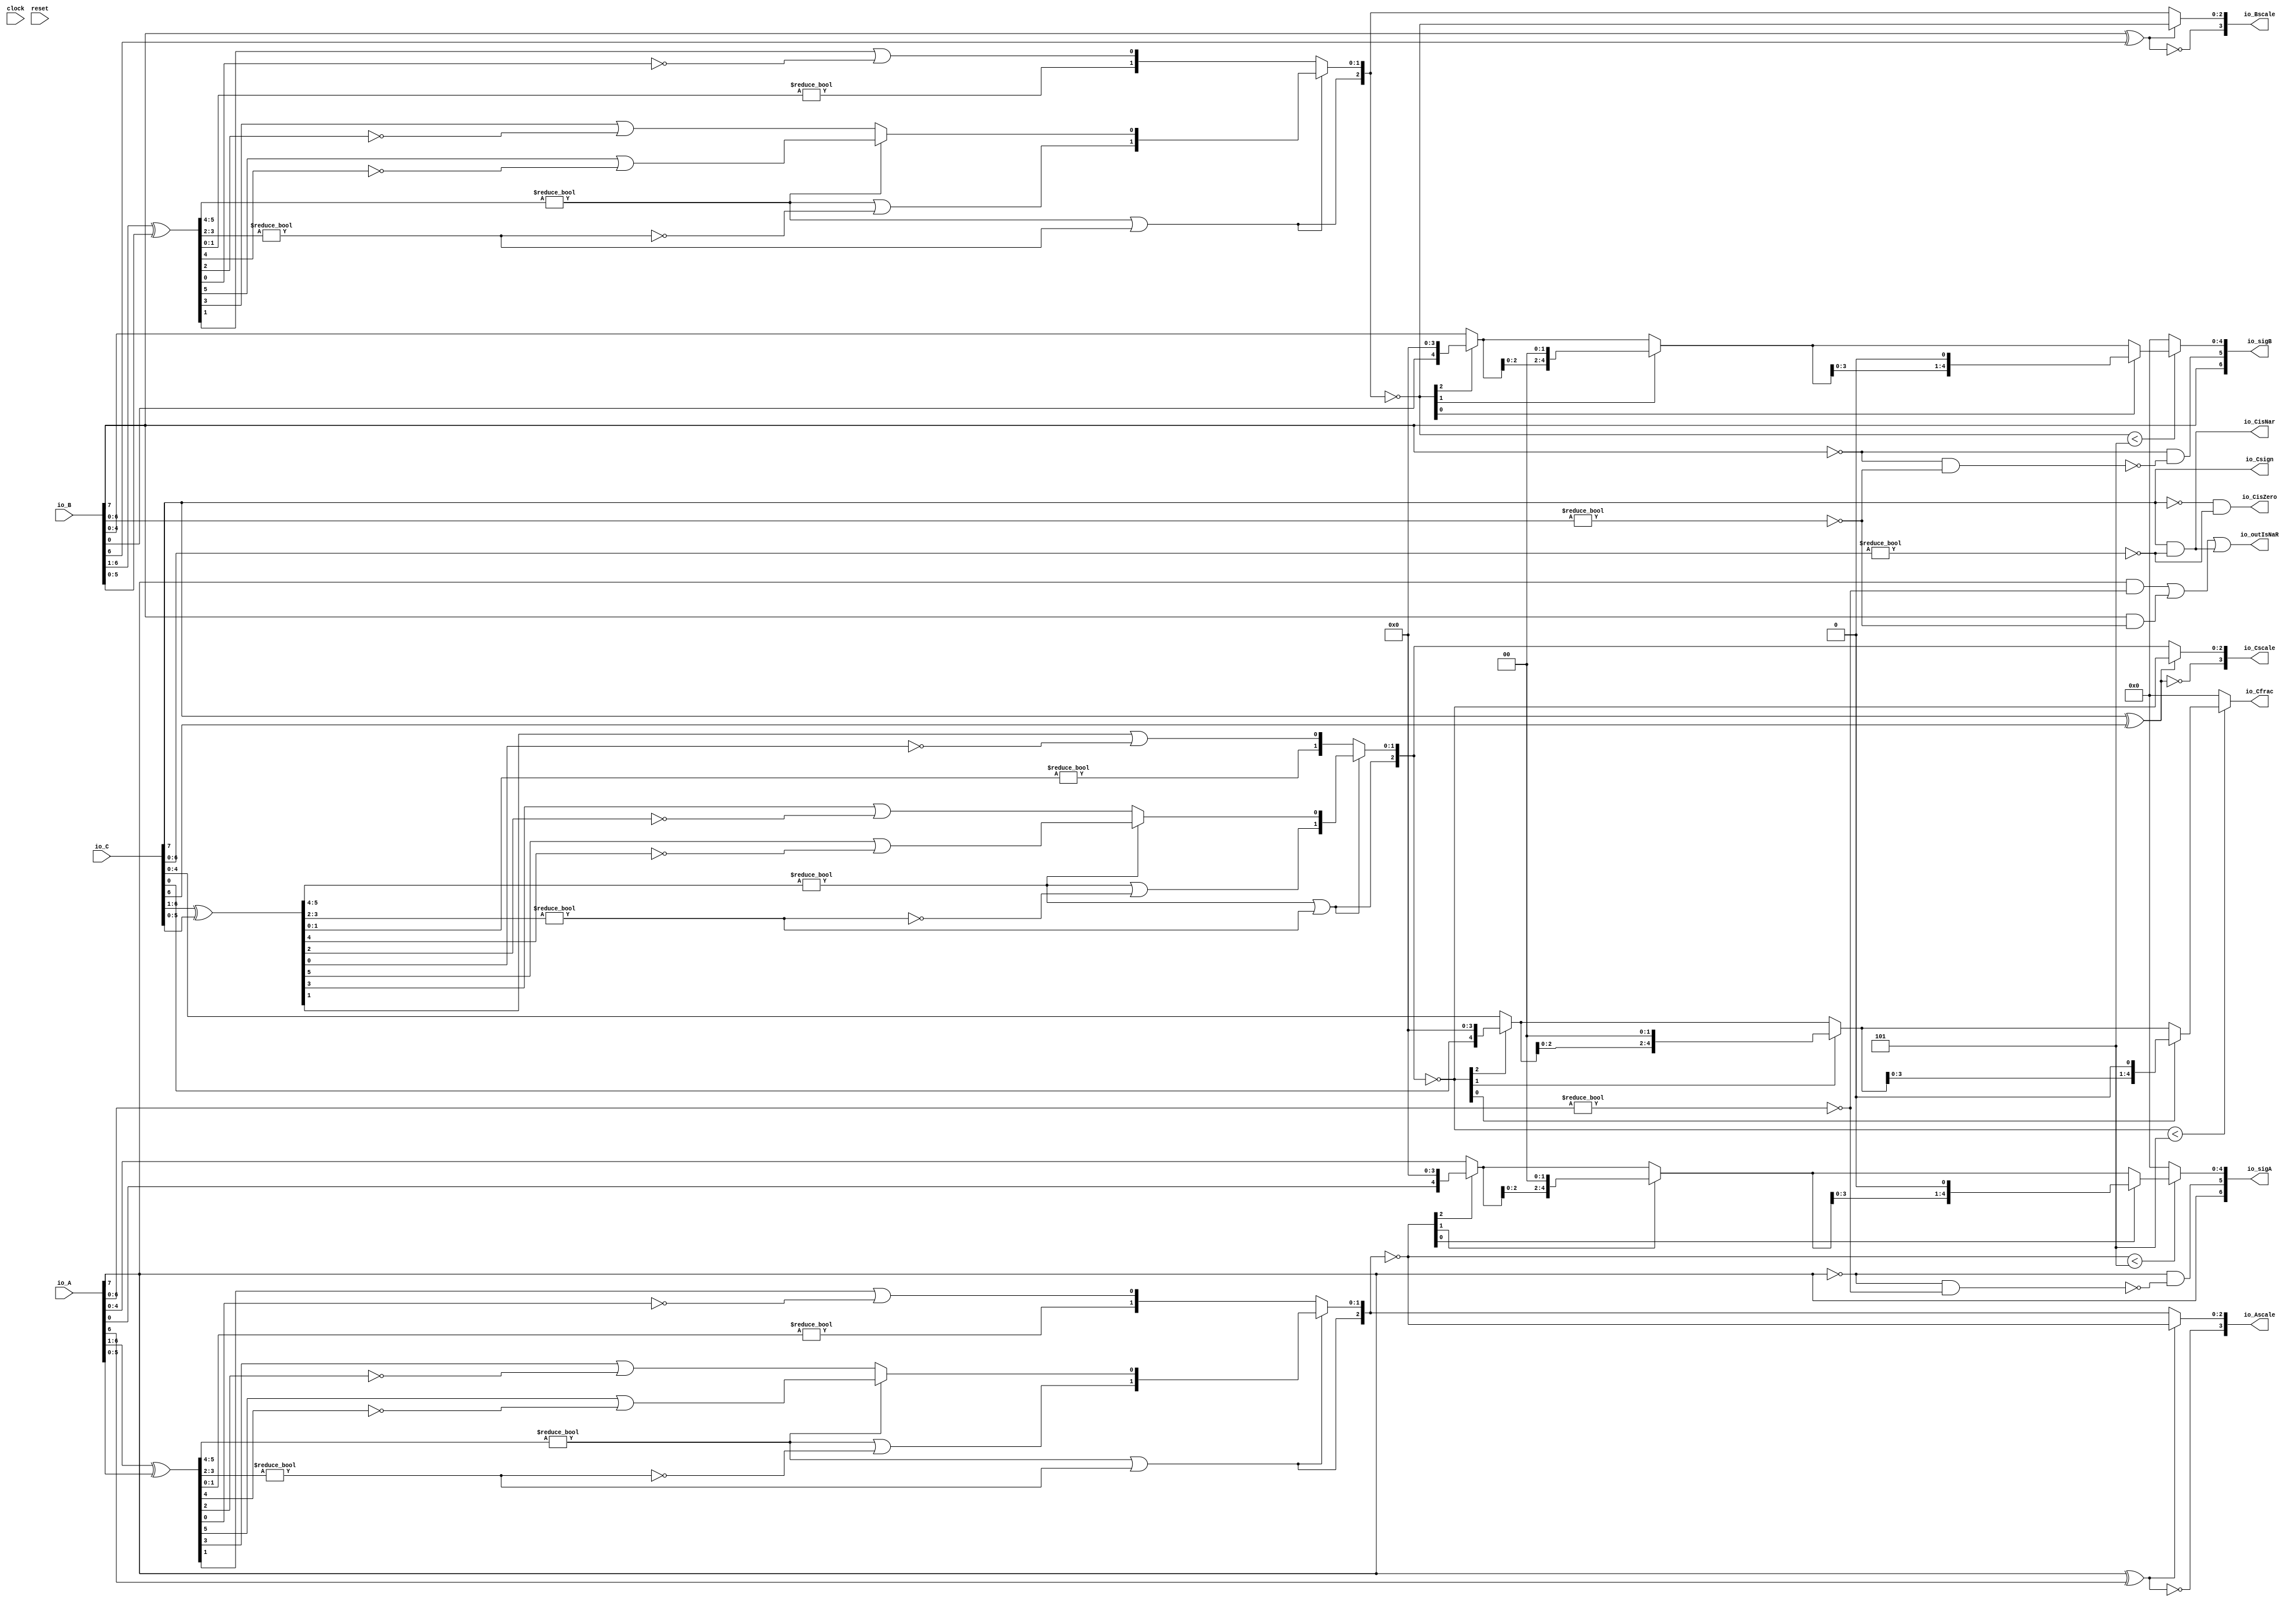
module FMA_Dec8_0(
  input        clock,
  input        reset,
  input  [7:0] io_A,
  input  [7:0] io_B,
  input  [7:0] io_C,
  output [6:0] io_sigA,
  output [6:0] io_sigB,
  output       io_outIsNaR,
  output       io_Csign,
  output       io_CisNar,
  output       io_CisZero,
  output [4:0] io_Cfrac,
  output [3:0] io_Ascale,
  output [3:0] io_Bscale,
  output [3:0] io_Cscale
);
  wire [8:0] _T_2; // @[FMA_Dec.scala 38:46]
  wire [7:0] realA; // @[FMA_Dec.scala 38:46]
  wire [8:0] _T_5; // @[FMA_Dec.scala 39:46]
  wire [7:0] realC; // @[FMA_Dec.scala 39:46]
  wire  _T_7; // @[convert.scala 18:24]
  wire  _T_8; // @[convert.scala 18:40]
  wire  _T_9; // @[convert.scala 18:36]
  wire [5:0] _T_10; // @[convert.scala 19:24]
  wire [5:0] _T_11; // @[convert.scala 19:43]
  wire [5:0] _T_12; // @[convert.scala 19:39]
  wire [3:0] _T_13; // @[LZD.scala 43:32]
  wire [1:0] _T_14; // @[LZD.scala 43:32]
  wire  _T_15; // @[LZD.scala 39:14]
  wire  _T_16; // @[LZD.scala 39:21]
  wire  _T_17; // @[LZD.scala 39:30]
  wire  _T_18; // @[LZD.scala 39:27]
  wire  _T_19; // @[LZD.scala 39:25]
  wire [1:0] _T_20; // @[Cat.scala 29:58]
  wire [1:0] _T_21; // @[LZD.scala 44:32]
  wire  _T_22; // @[LZD.scala 39:14]
  wire  _T_23; // @[LZD.scala 39:21]
  wire  _T_24; // @[LZD.scala 39:30]
  wire  _T_25; // @[LZD.scala 39:27]
  wire  _T_26; // @[LZD.scala 39:25]
  wire [1:0] _T_27; // @[Cat.scala 29:58]
  wire  _T_28; // @[Shift.scala 12:21]
  wire  _T_29; // @[Shift.scala 12:21]
  wire  _T_30; // @[LZD.scala 49:16]
  wire  _T_31; // @[LZD.scala 49:27]
  wire  _T_32; // @[LZD.scala 49:25]
  wire  _T_33; // @[LZD.scala 49:47]
  wire  _T_34; // @[LZD.scala 49:59]
  wire  _T_35; // @[LZD.scala 49:35]
  wire [2:0] _T_37; // @[Cat.scala 29:58]
  wire [1:0] _T_38; // @[LZD.scala 44:32]
  wire  _T_39; // @[LZD.scala 39:14]
  wire  _T_40; // @[LZD.scala 39:21]
  wire  _T_41; // @[LZD.scala 39:30]
  wire  _T_42; // @[LZD.scala 39:27]
  wire  _T_43; // @[LZD.scala 39:25]
  wire [1:0] _T_44; // @[Cat.scala 29:58]
  wire  _T_45; // @[Shift.scala 12:21]
  wire [1:0] _T_47; // @[LZD.scala 55:32]
  wire [1:0] _T_48; // @[LZD.scala 55:20]
  wire [2:0] _T_49; // @[Cat.scala 29:58]
  wire [2:0] _T_50; // @[convert.scala 21:22]
  wire [4:0] _T_51; // @[convert.scala 22:36]
  wire  _T_52; // @[Shift.scala 16:24]
  wire  _T_54; // @[Shift.scala 12:21]
  wire  _T_55; // @[Shift.scala 64:52]
  wire [4:0] _T_57; // @[Cat.scala 29:58]
  wire [4:0] _T_58; // @[Shift.scala 64:27]
  wire [1:0] _T_59; // @[Shift.scala 66:70]
  wire  _T_60; // @[Shift.scala 12:21]
  wire [2:0] _T_61; // @[Shift.scala 64:52]
  wire [4:0] _T_63; // @[Cat.scala 29:58]
  wire [4:0] _T_64; // @[Shift.scala 64:27]
  wire  _T_65; // @[Shift.scala 66:70]
  wire [3:0] _T_67; // @[Shift.scala 64:52]
  wire [4:0] _T_68; // @[Cat.scala 29:58]
  wire [4:0] _T_69; // @[Shift.scala 64:27]
  wire [4:0] decA_fraction; // @[Shift.scala 16:10]
  wire  _T_73; // @[convert.scala 25:26]
  wire [2:0] _T_75; // @[convert.scala 25:42]
  wire [3:0] _T_76; // @[Cat.scala 29:58]
  wire [6:0] _T_78; // @[convert.scala 29:56]
  wire  _T_79; // @[convert.scala 29:60]
  wire  _T_80; // @[convert.scala 29:41]
  wire  decA_isNaR; // @[convert.scala 29:39]
  wire  _T_83; // @[convert.scala 30:19]
  wire  decA_isZero; // @[convert.scala 30:41]
  wire  _T_92; // @[convert.scala 18:24]
  wire  _T_93; // @[convert.scala 18:40]
  wire  _T_94; // @[convert.scala 18:36]
  wire [5:0] _T_95; // @[convert.scala 19:24]
  wire [5:0] _T_96; // @[convert.scala 19:43]
  wire [5:0] _T_97; // @[convert.scala 19:39]
  wire [3:0] _T_98; // @[LZD.scala 43:32]
  wire [1:0] _T_99; // @[LZD.scala 43:32]
  wire  _T_100; // @[LZD.scala 39:14]
  wire  _T_101; // @[LZD.scala 39:21]
  wire  _T_102; // @[LZD.scala 39:30]
  wire  _T_103; // @[LZD.scala 39:27]
  wire  _T_104; // @[LZD.scala 39:25]
  wire [1:0] _T_105; // @[Cat.scala 29:58]
  wire [1:0] _T_106; // @[LZD.scala 44:32]
  wire  _T_107; // @[LZD.scala 39:14]
  wire  _T_108; // @[LZD.scala 39:21]
  wire  _T_109; // @[LZD.scala 39:30]
  wire  _T_110; // @[LZD.scala 39:27]
  wire  _T_111; // @[LZD.scala 39:25]
  wire [1:0] _T_112; // @[Cat.scala 29:58]
  wire  _T_113; // @[Shift.scala 12:21]
  wire  _T_114; // @[Shift.scala 12:21]
  wire  _T_115; // @[LZD.scala 49:16]
  wire  _T_116; // @[LZD.scala 49:27]
  wire  _T_117; // @[LZD.scala 49:25]
  wire  _T_118; // @[LZD.scala 49:47]
  wire  _T_119; // @[LZD.scala 49:59]
  wire  _T_120; // @[LZD.scala 49:35]
  wire [2:0] _T_122; // @[Cat.scala 29:58]
  wire [1:0] _T_123; // @[LZD.scala 44:32]
  wire  _T_124; // @[LZD.scala 39:14]
  wire  _T_125; // @[LZD.scala 39:21]
  wire  _T_126; // @[LZD.scala 39:30]
  wire  _T_127; // @[LZD.scala 39:27]
  wire  _T_128; // @[LZD.scala 39:25]
  wire [1:0] _T_129; // @[Cat.scala 29:58]
  wire  _T_130; // @[Shift.scala 12:21]
  wire [1:0] _T_132; // @[LZD.scala 55:32]
  wire [1:0] _T_133; // @[LZD.scala 55:20]
  wire [2:0] _T_134; // @[Cat.scala 29:58]
  wire [2:0] _T_135; // @[convert.scala 21:22]
  wire [4:0] _T_136; // @[convert.scala 22:36]
  wire  _T_137; // @[Shift.scala 16:24]
  wire  _T_139; // @[Shift.scala 12:21]
  wire  _T_140; // @[Shift.scala 64:52]
  wire [4:0] _T_142; // @[Cat.scala 29:58]
  wire [4:0] _T_143; // @[Shift.scala 64:27]
  wire [1:0] _T_144; // @[Shift.scala 66:70]
  wire  _T_145; // @[Shift.scala 12:21]
  wire [2:0] _T_146; // @[Shift.scala 64:52]
  wire [4:0] _T_148; // @[Cat.scala 29:58]
  wire [4:0] _T_149; // @[Shift.scala 64:27]
  wire  _T_150; // @[Shift.scala 66:70]
  wire [3:0] _T_152; // @[Shift.scala 64:52]
  wire [4:0] _T_153; // @[Cat.scala 29:58]
  wire [4:0] _T_154; // @[Shift.scala 64:27]
  wire [4:0] decB_fraction; // @[Shift.scala 16:10]
  wire  _T_158; // @[convert.scala 25:26]
  wire [2:0] _T_160; // @[convert.scala 25:42]
  wire [3:0] _T_161; // @[Cat.scala 29:58]
  wire [6:0] _T_163; // @[convert.scala 29:56]
  wire  _T_164; // @[convert.scala 29:60]
  wire  _T_165; // @[convert.scala 29:41]
  wire  decB_isNaR; // @[convert.scala 29:39]
  wire  _T_168; // @[convert.scala 30:19]
  wire  decB_isZero; // @[convert.scala 30:41]
  wire  _T_177; // @[convert.scala 18:24]
  wire  _T_178; // @[convert.scala 18:40]
  wire  _T_179; // @[convert.scala 18:36]
  wire [5:0] _T_180; // @[convert.scala 19:24]
  wire [5:0] _T_181; // @[convert.scala 19:43]
  wire [5:0] _T_182; // @[convert.scala 19:39]
  wire [3:0] _T_183; // @[LZD.scala 43:32]
  wire [1:0] _T_184; // @[LZD.scala 43:32]
  wire  _T_185; // @[LZD.scala 39:14]
  wire  _T_186; // @[LZD.scala 39:21]
  wire  _T_187; // @[LZD.scala 39:30]
  wire  _T_188; // @[LZD.scala 39:27]
  wire  _T_189; // @[LZD.scala 39:25]
  wire [1:0] _T_190; // @[Cat.scala 29:58]
  wire [1:0] _T_191; // @[LZD.scala 44:32]
  wire  _T_192; // @[LZD.scala 39:14]
  wire  _T_193; // @[LZD.scala 39:21]
  wire  _T_194; // @[LZD.scala 39:30]
  wire  _T_195; // @[LZD.scala 39:27]
  wire  _T_196; // @[LZD.scala 39:25]
  wire [1:0] _T_197; // @[Cat.scala 29:58]
  wire  _T_198; // @[Shift.scala 12:21]
  wire  _T_199; // @[Shift.scala 12:21]
  wire  _T_200; // @[LZD.scala 49:16]
  wire  _T_201; // @[LZD.scala 49:27]
  wire  _T_202; // @[LZD.scala 49:25]
  wire  _T_203; // @[LZD.scala 49:47]
  wire  _T_204; // @[LZD.scala 49:59]
  wire  _T_205; // @[LZD.scala 49:35]
  wire [2:0] _T_207; // @[Cat.scala 29:58]
  wire [1:0] _T_208; // @[LZD.scala 44:32]
  wire  _T_209; // @[LZD.scala 39:14]
  wire  _T_210; // @[LZD.scala 39:21]
  wire  _T_211; // @[LZD.scala 39:30]
  wire  _T_212; // @[LZD.scala 39:27]
  wire  _T_213; // @[LZD.scala 39:25]
  wire [1:0] _T_214; // @[Cat.scala 29:58]
  wire  _T_215; // @[Shift.scala 12:21]
  wire [1:0] _T_217; // @[LZD.scala 55:32]
  wire [1:0] _T_218; // @[LZD.scala 55:20]
  wire [2:0] _T_219; // @[Cat.scala 29:58]
  wire [2:0] _T_220; // @[convert.scala 21:22]
  wire [4:0] _T_221; // @[convert.scala 22:36]
  wire  _T_222; // @[Shift.scala 16:24]
  wire  _T_224; // @[Shift.scala 12:21]
  wire  _T_225; // @[Shift.scala 64:52]
  wire [4:0] _T_227; // @[Cat.scala 29:58]
  wire [4:0] _T_228; // @[Shift.scala 64:27]
  wire [1:0] _T_229; // @[Shift.scala 66:70]
  wire  _T_230; // @[Shift.scala 12:21]
  wire [2:0] _T_231; // @[Shift.scala 64:52]
  wire [4:0] _T_233; // @[Cat.scala 29:58]
  wire [4:0] _T_234; // @[Shift.scala 64:27]
  wire  _T_235; // @[Shift.scala 66:70]
  wire [3:0] _T_237; // @[Shift.scala 64:52]
  wire [4:0] _T_238; // @[Cat.scala 29:58]
  wire [4:0] _T_239; // @[Shift.scala 64:27]
  wire  _T_243; // @[convert.scala 25:26]
  wire [2:0] _T_245; // @[convert.scala 25:42]
  wire [3:0] _T_246; // @[Cat.scala 29:58]
  wire [6:0] _T_248; // @[convert.scala 29:56]
  wire  _T_249; // @[convert.scala 29:60]
  wire  _T_250; // @[convert.scala 29:41]
  wire  decC_isNaR; // @[convert.scala 29:39]
  wire  _T_253; // @[convert.scala 30:19]
  wire  _T_261; // @[FMA_Dec.scala 46:30]
  wire  _T_263; // @[FMA_Dec.scala 49:34]
  wire  _T_264; // @[FMA_Dec.scala 49:47]
  wire  _T_265; // @[FMA_Dec.scala 49:45]
  wire [6:0] _T_267; // @[Cat.scala 29:58]
  wire  _T_269; // @[FMA_Dec.scala 50:34]
  wire  _T_270; // @[FMA_Dec.scala 50:47]
  wire  _T_271; // @[FMA_Dec.scala 50:45]
  wire [6:0] _T_273; // @[Cat.scala 29:58]
  assign _T_2 = {{1'd0}, io_A}; // @[FMA_Dec.scala 38:46]
  assign realA = _T_2[7:0]; // @[FMA_Dec.scala 38:46]
  assign _T_5 = {{1'd0}, io_C}; // @[FMA_Dec.scala 39:46]
  assign realC = _T_5[7:0]; // @[FMA_Dec.scala 39:46]
  assign _T_7 = realA[7]; // @[convert.scala 18:24]
  assign _T_8 = realA[6]; // @[convert.scala 18:40]
  assign _T_9 = _T_7 ^ _T_8; // @[convert.scala 18:36]
  assign _T_10 = realA[6:1]; // @[convert.scala 19:24]
  assign _T_11 = realA[5:0]; // @[convert.scala 19:43]
  assign _T_12 = _T_10 ^ _T_11; // @[convert.scala 19:39]
  assign _T_13 = _T_12[5:2]; // @[LZD.scala 43:32]
  assign _T_14 = _T_13[3:2]; // @[LZD.scala 43:32]
  assign _T_15 = _T_14 != 2'h0; // @[LZD.scala 39:14]
  assign _T_16 = _T_14[1]; // @[LZD.scala 39:21]
  assign _T_17 = _T_14[0]; // @[LZD.scala 39:30]
  assign _T_18 = ~ _T_17; // @[LZD.scala 39:27]
  assign _T_19 = _T_16 | _T_18; // @[LZD.scala 39:25]
  assign _T_20 = {_T_15,_T_19}; // @[Cat.scala 29:58]
  assign _T_21 = _T_13[1:0]; // @[LZD.scala 44:32]
  assign _T_22 = _T_21 != 2'h0; // @[LZD.scala 39:14]
  assign _T_23 = _T_21[1]; // @[LZD.scala 39:21]
  assign _T_24 = _T_21[0]; // @[LZD.scala 39:30]
  assign _T_25 = ~ _T_24; // @[LZD.scala 39:27]
  assign _T_26 = _T_23 | _T_25; // @[LZD.scala 39:25]
  assign _T_27 = {_T_22,_T_26}; // @[Cat.scala 29:58]
  assign _T_28 = _T_20[1]; // @[Shift.scala 12:21]
  assign _T_29 = _T_27[1]; // @[Shift.scala 12:21]
  assign _T_30 = _T_28 | _T_29; // @[LZD.scala 49:16]
  assign _T_31 = ~ _T_29; // @[LZD.scala 49:27]
  assign _T_32 = _T_28 | _T_31; // @[LZD.scala 49:25]
  assign _T_33 = _T_20[0:0]; // @[LZD.scala 49:47]
  assign _T_34 = _T_27[0:0]; // @[LZD.scala 49:59]
  assign _T_35 = _T_28 ? _T_33 : _T_34; // @[LZD.scala 49:35]
  assign _T_37 = {_T_30,_T_32,_T_35}; // @[Cat.scala 29:58]
  assign _T_38 = _T_12[1:0]; // @[LZD.scala 44:32]
  assign _T_39 = _T_38 != 2'h0; // @[LZD.scala 39:14]
  assign _T_40 = _T_38[1]; // @[LZD.scala 39:21]
  assign _T_41 = _T_38[0]; // @[LZD.scala 39:30]
  assign _T_42 = ~ _T_41; // @[LZD.scala 39:27]
  assign _T_43 = _T_40 | _T_42; // @[LZD.scala 39:25]
  assign _T_44 = {_T_39,_T_43}; // @[Cat.scala 29:58]
  assign _T_45 = _T_37[2]; // @[Shift.scala 12:21]
  assign _T_47 = _T_37[1:0]; // @[LZD.scala 55:32]
  assign _T_48 = _T_45 ? _T_47 : _T_44; // @[LZD.scala 55:20]
  assign _T_49 = {_T_45,_T_48}; // @[Cat.scala 29:58]
  assign _T_50 = ~ _T_49; // @[convert.scala 21:22]
  assign _T_51 = realA[4:0]; // @[convert.scala 22:36]
  assign _T_52 = _T_50 < 3'h5; // @[Shift.scala 16:24]
  assign _T_54 = _T_50[2]; // @[Shift.scala 12:21]
  assign _T_55 = _T_51[0:0]; // @[Shift.scala 64:52]
  assign _T_57 = {_T_55,4'h0}; // @[Cat.scala 29:58]
  assign _T_58 = _T_54 ? _T_57 : _T_51; // @[Shift.scala 64:27]
  assign _T_59 = _T_50[1:0]; // @[Shift.scala 66:70]
  assign _T_60 = _T_59[1]; // @[Shift.scala 12:21]
  assign _T_61 = _T_58[2:0]; // @[Shift.scala 64:52]
  assign _T_63 = {_T_61,2'h0}; // @[Cat.scala 29:58]
  assign _T_64 = _T_60 ? _T_63 : _T_58; // @[Shift.scala 64:27]
  assign _T_65 = _T_59[0:0]; // @[Shift.scala 66:70]
  assign _T_67 = _T_64[3:0]; // @[Shift.scala 64:52]
  assign _T_68 = {_T_67,1'h0}; // @[Cat.scala 29:58]
  assign _T_69 = _T_65 ? _T_68 : _T_64; // @[Shift.scala 64:27]
  assign decA_fraction = _T_52 ? _T_69 : 5'h0; // @[Shift.scala 16:10]
  assign _T_73 = _T_9 == 1'h0; // @[convert.scala 25:26]
  assign _T_75 = _T_9 ? _T_50 : _T_49; // @[convert.scala 25:42]
  assign _T_76 = {_T_73,_T_75}; // @[Cat.scala 29:58]
  assign _T_78 = realA[6:0]; // @[convert.scala 29:56]
  assign _T_79 = _T_78 != 7'h0; // @[convert.scala 29:60]
  assign _T_80 = ~ _T_79; // @[convert.scala 29:41]
  assign decA_isNaR = _T_7 & _T_80; // @[convert.scala 29:39]
  assign _T_83 = _T_7 == 1'h0; // @[convert.scala 30:19]
  assign decA_isZero = _T_83 & _T_80; // @[convert.scala 30:41]
  assign _T_92 = io_B[7]; // @[convert.scala 18:24]
  assign _T_93 = io_B[6]; // @[convert.scala 18:40]
  assign _T_94 = _T_92 ^ _T_93; // @[convert.scala 18:36]
  assign _T_95 = io_B[6:1]; // @[convert.scala 19:24]
  assign _T_96 = io_B[5:0]; // @[convert.scala 19:43]
  assign _T_97 = _T_95 ^ _T_96; // @[convert.scala 19:39]
  assign _T_98 = _T_97[5:2]; // @[LZD.scala 43:32]
  assign _T_99 = _T_98[3:2]; // @[LZD.scala 43:32]
  assign _T_100 = _T_99 != 2'h0; // @[LZD.scala 39:14]
  assign _T_101 = _T_99[1]; // @[LZD.scala 39:21]
  assign _T_102 = _T_99[0]; // @[LZD.scala 39:30]
  assign _T_103 = ~ _T_102; // @[LZD.scala 39:27]
  assign _T_104 = _T_101 | _T_103; // @[LZD.scala 39:25]
  assign _T_105 = {_T_100,_T_104}; // @[Cat.scala 29:58]
  assign _T_106 = _T_98[1:0]; // @[LZD.scala 44:32]
  assign _T_107 = _T_106 != 2'h0; // @[LZD.scala 39:14]
  assign _T_108 = _T_106[1]; // @[LZD.scala 39:21]
  assign _T_109 = _T_106[0]; // @[LZD.scala 39:30]
  assign _T_110 = ~ _T_109; // @[LZD.scala 39:27]
  assign _T_111 = _T_108 | _T_110; // @[LZD.scala 39:25]
  assign _T_112 = {_T_107,_T_111}; // @[Cat.scala 29:58]
  assign _T_113 = _T_105[1]; // @[Shift.scala 12:21]
  assign _T_114 = _T_112[1]; // @[Shift.scala 12:21]
  assign _T_115 = _T_113 | _T_114; // @[LZD.scala 49:16]
  assign _T_116 = ~ _T_114; // @[LZD.scala 49:27]
  assign _T_117 = _T_113 | _T_116; // @[LZD.scala 49:25]
  assign _T_118 = _T_105[0:0]; // @[LZD.scala 49:47]
  assign _T_119 = _T_112[0:0]; // @[LZD.scala 49:59]
  assign _T_120 = _T_113 ? _T_118 : _T_119; // @[LZD.scala 49:35]
  assign _T_122 = {_T_115,_T_117,_T_120}; // @[Cat.scala 29:58]
  assign _T_123 = _T_97[1:0]; // @[LZD.scala 44:32]
  assign _T_124 = _T_123 != 2'h0; // @[LZD.scala 39:14]
  assign _T_125 = _T_123[1]; // @[LZD.scala 39:21]
  assign _T_126 = _T_123[0]; // @[LZD.scala 39:30]
  assign _T_127 = ~ _T_126; // @[LZD.scala 39:27]
  assign _T_128 = _T_125 | _T_127; // @[LZD.scala 39:25]
  assign _T_129 = {_T_124,_T_128}; // @[Cat.scala 29:58]
  assign _T_130 = _T_122[2]; // @[Shift.scala 12:21]
  assign _T_132 = _T_122[1:0]; // @[LZD.scala 55:32]
  assign _T_133 = _T_130 ? _T_132 : _T_129; // @[LZD.scala 55:20]
  assign _T_134 = {_T_130,_T_133}; // @[Cat.scala 29:58]
  assign _T_135 = ~ _T_134; // @[convert.scala 21:22]
  assign _T_136 = io_B[4:0]; // @[convert.scala 22:36]
  assign _T_137 = _T_135 < 3'h5; // @[Shift.scala 16:24]
  assign _T_139 = _T_135[2]; // @[Shift.scala 12:21]
  assign _T_140 = _T_136[0:0]; // @[Shift.scala 64:52]
  assign _T_142 = {_T_140,4'h0}; // @[Cat.scala 29:58]
  assign _T_143 = _T_139 ? _T_142 : _T_136; // @[Shift.scala 64:27]
  assign _T_144 = _T_135[1:0]; // @[Shift.scala 66:70]
  assign _T_145 = _T_144[1]; // @[Shift.scala 12:21]
  assign _T_146 = _T_143[2:0]; // @[Shift.scala 64:52]
  assign _T_148 = {_T_146,2'h0}; // @[Cat.scala 29:58]
  assign _T_149 = _T_145 ? _T_148 : _T_143; // @[Shift.scala 64:27]
  assign _T_150 = _T_144[0:0]; // @[Shift.scala 66:70]
  assign _T_152 = _T_149[3:0]; // @[Shift.scala 64:52]
  assign _T_153 = {_T_152,1'h0}; // @[Cat.scala 29:58]
  assign _T_154 = _T_150 ? _T_153 : _T_149; // @[Shift.scala 64:27]
  assign decB_fraction = _T_137 ? _T_154 : 5'h0; // @[Shift.scala 16:10]
  assign _T_158 = _T_94 == 1'h0; // @[convert.scala 25:26]
  assign _T_160 = _T_94 ? _T_135 : _T_134; // @[convert.scala 25:42]
  assign _T_161 = {_T_158,_T_160}; // @[Cat.scala 29:58]
  assign _T_163 = io_B[6:0]; // @[convert.scala 29:56]
  assign _T_164 = _T_163 != 7'h0; // @[convert.scala 29:60]
  assign _T_165 = ~ _T_164; // @[convert.scala 29:41]
  assign decB_isNaR = _T_92 & _T_165; // @[convert.scala 29:39]
  assign _T_168 = _T_92 == 1'h0; // @[convert.scala 30:19]
  assign decB_isZero = _T_168 & _T_165; // @[convert.scala 30:41]
  assign _T_177 = realC[7]; // @[convert.scala 18:24]
  assign _T_178 = realC[6]; // @[convert.scala 18:40]
  assign _T_179 = _T_177 ^ _T_178; // @[convert.scala 18:36]
  assign _T_180 = realC[6:1]; // @[convert.scala 19:24]
  assign _T_181 = realC[5:0]; // @[convert.scala 19:43]
  assign _T_182 = _T_180 ^ _T_181; // @[convert.scala 19:39]
  assign _T_183 = _T_182[5:2]; // @[LZD.scala 43:32]
  assign _T_184 = _T_183[3:2]; // @[LZD.scala 43:32]
  assign _T_185 = _T_184 != 2'h0; // @[LZD.scala 39:14]
  assign _T_186 = _T_184[1]; // @[LZD.scala 39:21]
  assign _T_187 = _T_184[0]; // @[LZD.scala 39:30]
  assign _T_188 = ~ _T_187; // @[LZD.scala 39:27]
  assign _T_189 = _T_186 | _T_188; // @[LZD.scala 39:25]
  assign _T_190 = {_T_185,_T_189}; // @[Cat.scala 29:58]
  assign _T_191 = _T_183[1:0]; // @[LZD.scala 44:32]
  assign _T_192 = _T_191 != 2'h0; // @[LZD.scala 39:14]
  assign _T_193 = _T_191[1]; // @[LZD.scala 39:21]
  assign _T_194 = _T_191[0]; // @[LZD.scala 39:30]
  assign _T_195 = ~ _T_194; // @[LZD.scala 39:27]
  assign _T_196 = _T_193 | _T_195; // @[LZD.scala 39:25]
  assign _T_197 = {_T_192,_T_196}; // @[Cat.scala 29:58]
  assign _T_198 = _T_190[1]; // @[Shift.scala 12:21]
  assign _T_199 = _T_197[1]; // @[Shift.scala 12:21]
  assign _T_200 = _T_198 | _T_199; // @[LZD.scala 49:16]
  assign _T_201 = ~ _T_199; // @[LZD.scala 49:27]
  assign _T_202 = _T_198 | _T_201; // @[LZD.scala 49:25]
  assign _T_203 = _T_190[0:0]; // @[LZD.scala 49:47]
  assign _T_204 = _T_197[0:0]; // @[LZD.scala 49:59]
  assign _T_205 = _T_198 ? _T_203 : _T_204; // @[LZD.scala 49:35]
  assign _T_207 = {_T_200,_T_202,_T_205}; // @[Cat.scala 29:58]
  assign _T_208 = _T_182[1:0]; // @[LZD.scala 44:32]
  assign _T_209 = _T_208 != 2'h0; // @[LZD.scala 39:14]
  assign _T_210 = _T_208[1]; // @[LZD.scala 39:21]
  assign _T_211 = _T_208[0]; // @[LZD.scala 39:30]
  assign _T_212 = ~ _T_211; // @[LZD.scala 39:27]
  assign _T_213 = _T_210 | _T_212; // @[LZD.scala 39:25]
  assign _T_214 = {_T_209,_T_213}; // @[Cat.scala 29:58]
  assign _T_215 = _T_207[2]; // @[Shift.scala 12:21]
  assign _T_217 = _T_207[1:0]; // @[LZD.scala 55:32]
  assign _T_218 = _T_215 ? _T_217 : _T_214; // @[LZD.scala 55:20]
  assign _T_219 = {_T_215,_T_218}; // @[Cat.scala 29:58]
  assign _T_220 = ~ _T_219; // @[convert.scala 21:22]
  assign _T_221 = realC[4:0]; // @[convert.scala 22:36]
  assign _T_222 = _T_220 < 3'h5; // @[Shift.scala 16:24]
  assign _T_224 = _T_220[2]; // @[Shift.scala 12:21]
  assign _T_225 = _T_221[0:0]; // @[Shift.scala 64:52]
  assign _T_227 = {_T_225,4'h0}; // @[Cat.scala 29:58]
  assign _T_228 = _T_224 ? _T_227 : _T_221; // @[Shift.scala 64:27]
  assign _T_229 = _T_220[1:0]; // @[Shift.scala 66:70]
  assign _T_230 = _T_229[1]; // @[Shift.scala 12:21]
  assign _T_231 = _T_228[2:0]; // @[Shift.scala 64:52]
  assign _T_233 = {_T_231,2'h0}; // @[Cat.scala 29:58]
  assign _T_234 = _T_230 ? _T_233 : _T_228; // @[Shift.scala 64:27]
  assign _T_235 = _T_229[0:0]; // @[Shift.scala 66:70]
  assign _T_237 = _T_234[3:0]; // @[Shift.scala 64:52]
  assign _T_238 = {_T_237,1'h0}; // @[Cat.scala 29:58]
  assign _T_239 = _T_235 ? _T_238 : _T_234; // @[Shift.scala 64:27]
  assign _T_243 = _T_179 == 1'h0; // @[convert.scala 25:26]
  assign _T_245 = _T_179 ? _T_220 : _T_219; // @[convert.scala 25:42]
  assign _T_246 = {_T_243,_T_245}; // @[Cat.scala 29:58]
  assign _T_248 = realC[6:0]; // @[convert.scala 29:56]
  assign _T_249 = _T_248 != 7'h0; // @[convert.scala 29:60]
  assign _T_250 = ~ _T_249; // @[convert.scala 29:41]
  assign decC_isNaR = _T_177 & _T_250; // @[convert.scala 29:39]
  assign _T_253 = _T_177 == 1'h0; // @[convert.scala 30:19]
  assign _T_261 = decA_isNaR | decB_isNaR; // @[FMA_Dec.scala 46:30]
  assign _T_263 = ~ _T_7; // @[FMA_Dec.scala 49:34]
  assign _T_264 = ~ decA_isZero; // @[FMA_Dec.scala 49:47]
  assign _T_265 = _T_263 & _T_264; // @[FMA_Dec.scala 49:45]
  assign _T_267 = {_T_7,_T_265,decA_fraction}; // @[Cat.scala 29:58]
  assign _T_269 = ~ _T_92; // @[FMA_Dec.scala 50:34]
  assign _T_270 = ~ decB_isZero; // @[FMA_Dec.scala 50:47]
  assign _T_271 = _T_269 & _T_270; // @[FMA_Dec.scala 50:45]
  assign _T_273 = {_T_92,_T_271,decB_fraction}; // @[Cat.scala 29:58]
  assign io_sigA = $signed(_T_267); // @[FMA_Dec.scala 49:16]
  assign io_sigB = $signed(_T_273); // @[FMA_Dec.scala 50:16]
  assign io_outIsNaR = _T_261 | decC_isNaR; // @[FMA_Dec.scala 46:16]
  assign io_Csign = realC[7]; // @[FMA_Dec.scala 55:12]
  assign io_CisNar = _T_177 & _T_250; // @[FMA_Dec.scala 51:17]
  assign io_CisZero = _T_253 & _T_250; // @[FMA_Dec.scala 52:17]
  assign io_Cfrac = _T_222 ? _T_239 : 5'h0; // @[FMA_Dec.scala 53:17]
  assign io_Ascale = $signed(_T_76); // @[FMA_Dec.scala 47:13]
  assign io_Bscale = $signed(_T_161); // @[FMA_Dec.scala 48:13]
  assign io_Cscale = $signed(_T_246); // @[FMA_Dec.scala 54:16]
endmodule